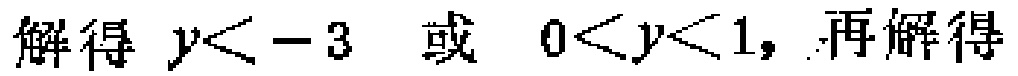
解得 \(y < -3\) 或 \(0 < y < 1\)，再解得